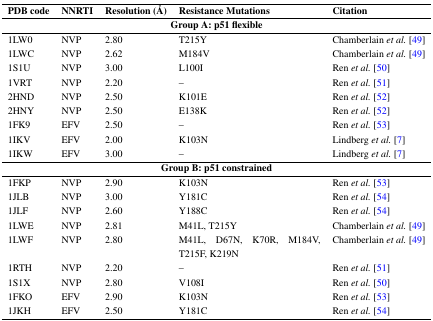
| PDB code | NNRTI | Resolution (Å) | Resistance Mutations | Citation |
 | --- | --- | --- | --- | --- |
 | <COLSPAN=5> Group A: p51 flexible |
 | LW0 | NVP | 2.80 | T215Y | Chamberlain et al. [49] |
 | LWC | NVP | 2.62 | M184V | Chamberlain et al. [49] |
 | S1U | NVP | 3.00 | L100I | Ren et al. [50] |
 | VRT | NVP | 2.20 | – | Ren et al. [51] |
 | HND | NVP | 2.50 | K101E | Ren et al. [52] |
 | HNY | NVP | 2.50 | E138K | Ren et al. [52] |
 | FK9 | EFV | 2.50 | – | Ren et al. [53] |
 | IKV | EFV | 2.00 | K103N | Lindberg et al. [7] |
 | IKW | EFV | 3.00 | – | Lindberg et al. [7] |
 | <COLSPAN=5> Group B: p51 constrained |
 | FKP | NVP | 2.90 | K103N | Ren et al. [53] |
 | JLB | NVP | 3.00 | Y181C | Ren et al. [54] |
 | JLF | NVP | 2.60 | Y188C | Ren et al. [54] |
 | LWE | NVP | 2.81 | M41L, T215Y | Chamberlain et al. [49] |
 | LWF | NVP | 2.80 | M41L, D67N, K70R, M184V, T215F, K219N | Chamberlain et al. [49] |
 | RTH | NVP | 2.20 | – | Ren et al. [51] |
 | S1X | NVP | 2.80 | V108I | Ren et al. [50] |
 | FKO | EFV | 2.90 | K103N | Ren et al. [53] |
 | JKH | EFV | 2.50 | Y181C | Ren et al. [54] |